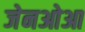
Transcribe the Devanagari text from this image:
जेनओआ